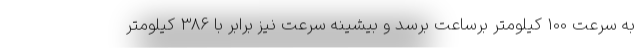
به سرعت 100 کیلومتر برساعت برسد و بیشینه سرعت نیز برابر با 386 کیلومتر